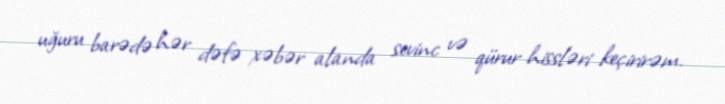
uğuru barədə hər dəfə xəbər alanda sevinc və qürur hissləri keçirirəm.